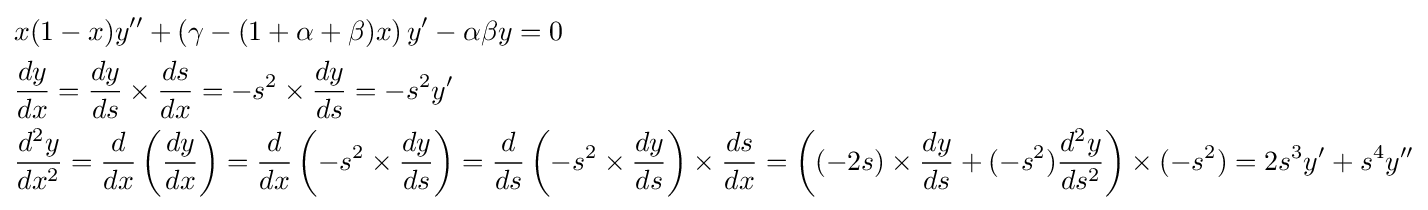
{\begin{aligned}&x(1-x)y''+\left(\gamma -(1+\alpha +\beta )x\right)y'-\alpha \beta y=0\\&{\frac {dy}{dx}}={\frac {dy}{ds}}\times {\frac {ds}{dx}}=-s^{2}\times {\frac {dy}{ds}}=-s^{2}y'\\&{\frac {d^{2}y}{dx^{2}}}={\frac {d}{dx}}\left({\frac {dy}{dx}}\right)={\frac {d}{dx}}\left(-s^{2}\times {\frac {dy}{ds}}\right)={\frac {d}{ds}}\left(-s^{2}\times {\frac {dy}{ds}}\right)\times {\frac {ds}{dx}}=\left((-2s)\times {\frac {dy}{ds}}+(-s^{2}){\frac {d^{2}y}{ds^{2}}}\right)\times (-s^{2})=2s^{3}y'+s^{4}y''\end{aligned}}